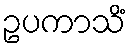
ဥပကာသိံ